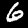
Label: 6